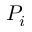
P _ { i }